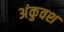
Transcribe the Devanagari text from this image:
अंकुवश